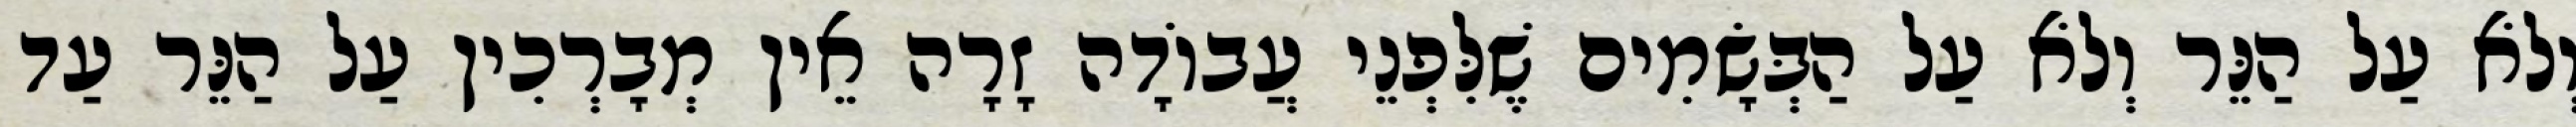
וְלֹא עַל הַנֵּר וְלֹא עַל הַבְּשָׂמִים שֶׁלִּפְנֵי עֲבוֹדָה זָרָה אֵין מְבָרְכִין עַל הַנֵּר עַד